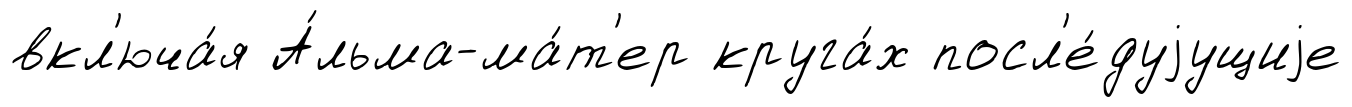
вкл'юча́я А́льма-ма́т'ер круга́х посл'е́дуjущиjе